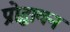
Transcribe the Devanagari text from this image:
प्रोद्धावन